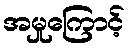
အမှုကြောင့်